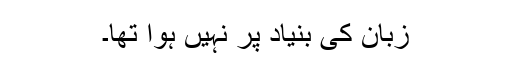
زبان کی بنیاد پر نہیں ہوا تھا۔